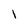
Character: l